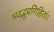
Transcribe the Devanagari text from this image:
भवद्भूप्रणिहितां।